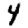
Digit: 4